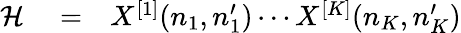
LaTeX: \begin{array}{rlr}{\mathcal{H}}&{{}=}&{X^{[1]}(n_{1},n_{1}^{\prime})\cdots X^{[K]}(n_{K},n_{K}^{\prime})}\end{array}